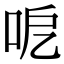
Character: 呝